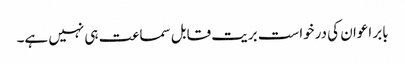
بابر اعوان کی درخواست بریت قابل سماعت ہی نہیں ہے۔